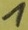
Text: 1